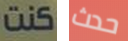
كنت حدث